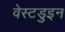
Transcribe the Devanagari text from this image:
वेस्टडुइन